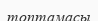
топтамасы